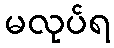
မလုပ်ရ